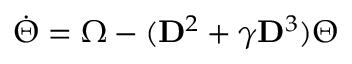
\Dot { \Theta } = \Omega - ( \mathbf { D } ^ { 2 } + \gamma \mathbf { D } ^ { 3 } ) \Theta